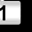
Digit: 1